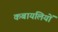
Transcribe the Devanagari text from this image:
कबायलियों